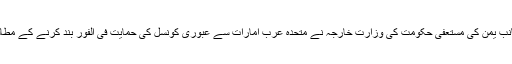
دوسری جانب یمن کی مستعفی حکومت کی وزارت خارجہ نے متحدہ عرب امارات سے عبوری کونسل کی حمایت فی الفور بند کرنے کے مطالبہ کیا ہے۔